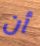
أن